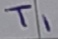
Text: T1